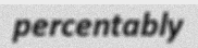
percentably